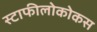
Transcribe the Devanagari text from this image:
स्टाफीलोकोकस